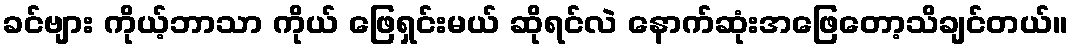
ခင်ဗျား ကိုယ့်ဘာသာ ကိုယ် ဖြေရှင်းမယ် ဆိုရင်လဲ နောက်ဆုံးအဖြေတော့သိချင်တယ်။